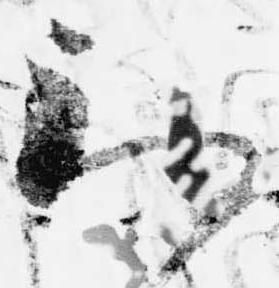
到